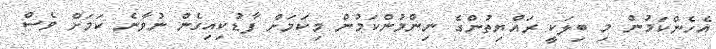
އެހެންކަމުން މި ބިލަކީ ރައްޔިތުންގެ ނިންމުންކަމުން މިކަމަށް ފާޑުކިއިގެން ނުވާނެ ކަމަށް ވެސް